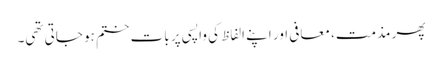
پھر مذمت، معافی اور اپنے الفاظ کی واپسی پر بات ختم ہو جاتی تھی۔